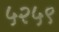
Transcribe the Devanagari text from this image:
५२५९